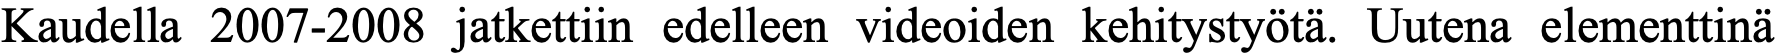
Kaudella 2007-2008 jatkettiin edelleen videoiden kehitystyötä. Uutena elementtinä